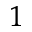
^ 1